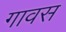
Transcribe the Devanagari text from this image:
गावस